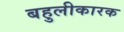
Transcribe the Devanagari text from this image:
बहुलीकारक